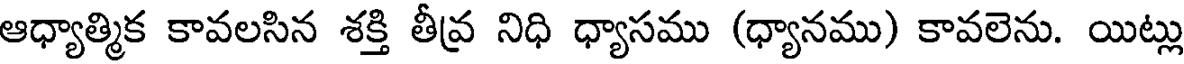
ఆధ్యాత్మిక కావలసిన శక్తి తీవ్ర నిధి ధ్యాసము (ధ్యానము) కావలెను. యిట్లు